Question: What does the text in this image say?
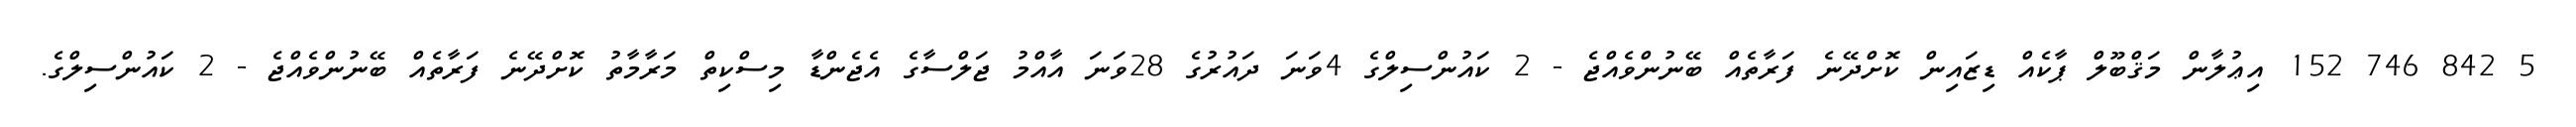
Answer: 5 842 746 152 އިޢުލާން މަޤްބޫލް ޕާކެއް ޑިޒައިން ކޮށްދޭނެ ފަރާތެއް ބޭނުންވެއްޖެ - 2 ކައުންސިލްގެ 4ވަނަ ދައުރުގެ 28ވަނަ އާއްމު ޖަލްސާގެ އެޖެންޑާ މިސްކިތް މަރާމާތު ކޮށްދޭނެ ފަރާތެއް ބޭނުންވެއްޖެ - 2 ކައުންސިލްގެ.